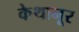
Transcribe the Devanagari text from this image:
केथानूर